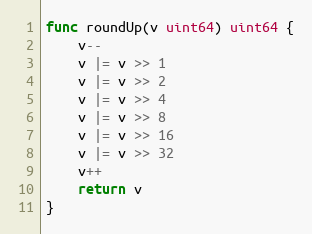
Language: Go
func roundUp(v uint64) uint64 {
	v--
	v |= v >> 1
	v |= v >> 2
	v |= v >> 4
	v |= v >> 8
	v |= v >> 16
	v |= v >> 32
	v++
	return v
}